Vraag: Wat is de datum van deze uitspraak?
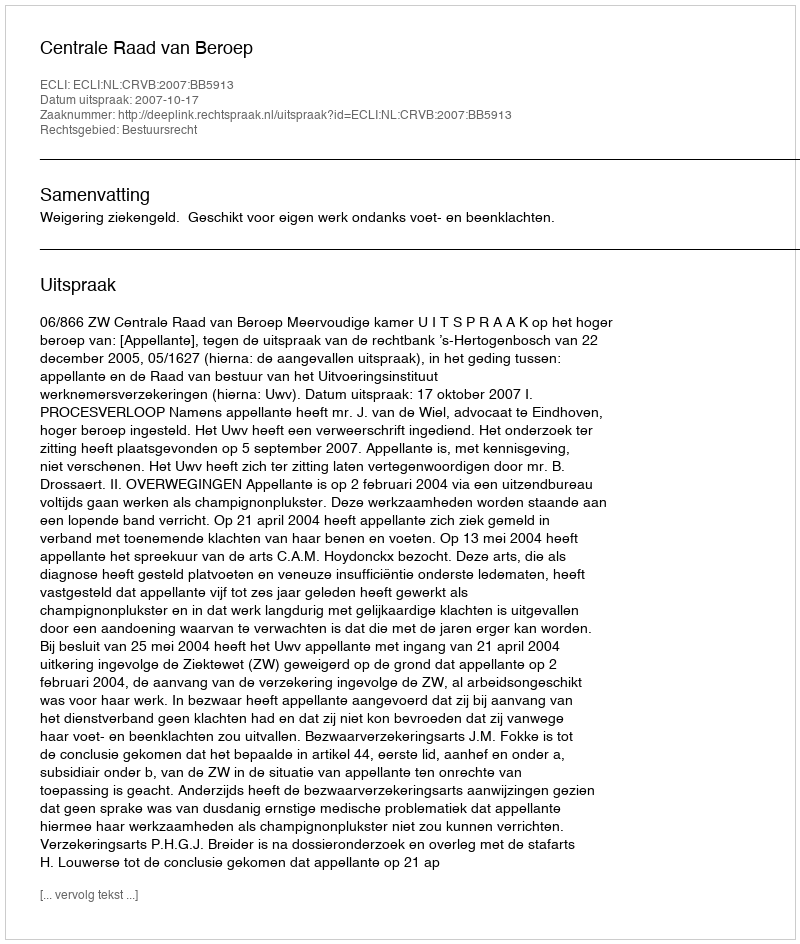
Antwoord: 2007-10-17